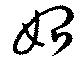
始